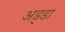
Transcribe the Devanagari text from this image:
अड्‍डा